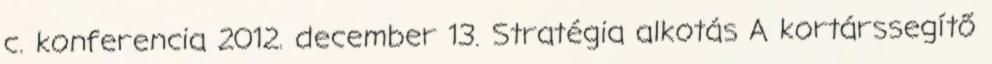
c. konferencia 2012. december 13. Stratégia alkotás A kortárssegítő